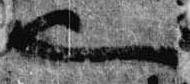
也